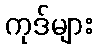
ကုဒ်များ